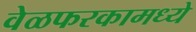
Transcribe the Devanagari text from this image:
वेळफरकामध्ये